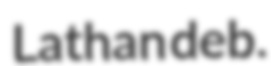
Lathan deb.